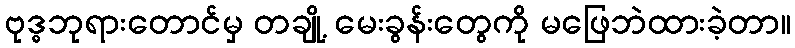
ဗုဒ္ဓဘုရားတောင်မှ တချို့ မေးခွန်းတွေကို မဖြေဘဲထားခဲ့တာ။